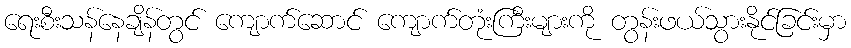
ရေးစီးသန်နေချိန်တွင် ကျောက်ဆောင် ကျောက်တုံးကြီးများကို တွန်းဖယ်သွားနိုင်ခြင်းမှာ